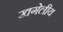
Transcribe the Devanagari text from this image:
खगेलीय